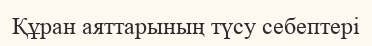
Құран аяттарының түсу себептері